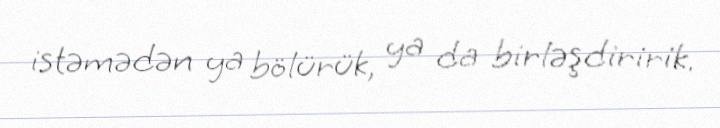
istəmədən ya bölürük, ya da birləşdiririk.